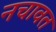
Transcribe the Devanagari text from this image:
नचावत